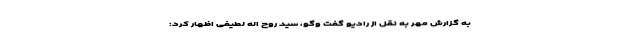
به گزارش مهر به نقل از رادیو گفت وگو، سید روح اله لطیفی اظهار کرد: